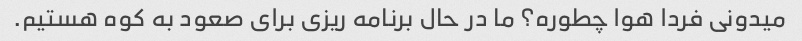
میدونی فردا هوا چطوره؟ ما در حال برنامه ریزی برای صعود به کوه هستیم.